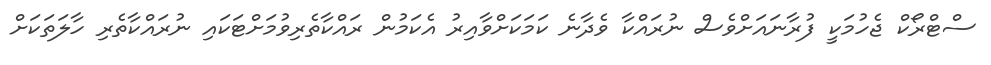
ސްޓްރޯކް ޖެހުމަކީ ފުރާނައަށްވެސް ނުރައްކާ ވެދާނެ ކަމަކަށްވާއިރު އެކަމުން ރައްކާތެރިވުމަށްޓަކައި ނުރައްކާތެރި ހާލަތަކަށް